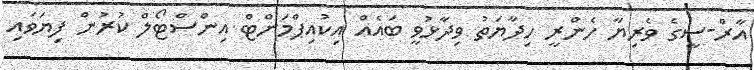
އާރް-ސީގެ ވެރިޔާ ހެންރީ ހިދާޔަތު ވިދާޅުވީ ބައެއް އިކުއިޕްމަންޓް އިންސްޓޯލް ކުރުން ފިޔަވައި